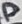
Text: D